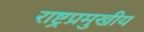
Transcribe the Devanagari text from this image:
राष्ट्रप्रमुखीय